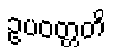
ဥပဝတ္တတိ